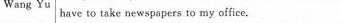
Wang yu have to take newspapers to my office.